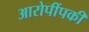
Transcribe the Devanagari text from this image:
आरोपींपकी